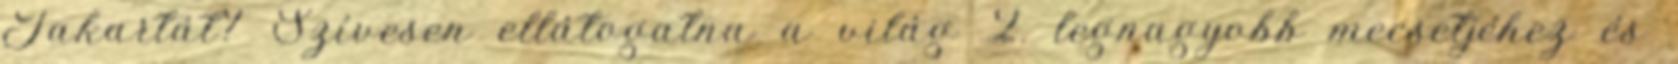
Jakartát? Szívesen ellátogatna a világ 2. legnagyobb mecsetjéhez és